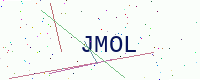
Text: JMOL